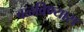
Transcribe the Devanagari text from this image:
वळविण्यास